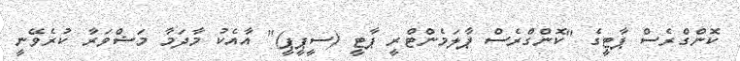
ކޮންގްރެސް ޕާޓީގެ "ކޮންގްރެސް ޕާލަމެންޓްރީ ޕާޓީ (ސީޕީޕީ)" އާއެކު މާދަމާ މަޝްވަރާ ކުރެވޭނީ